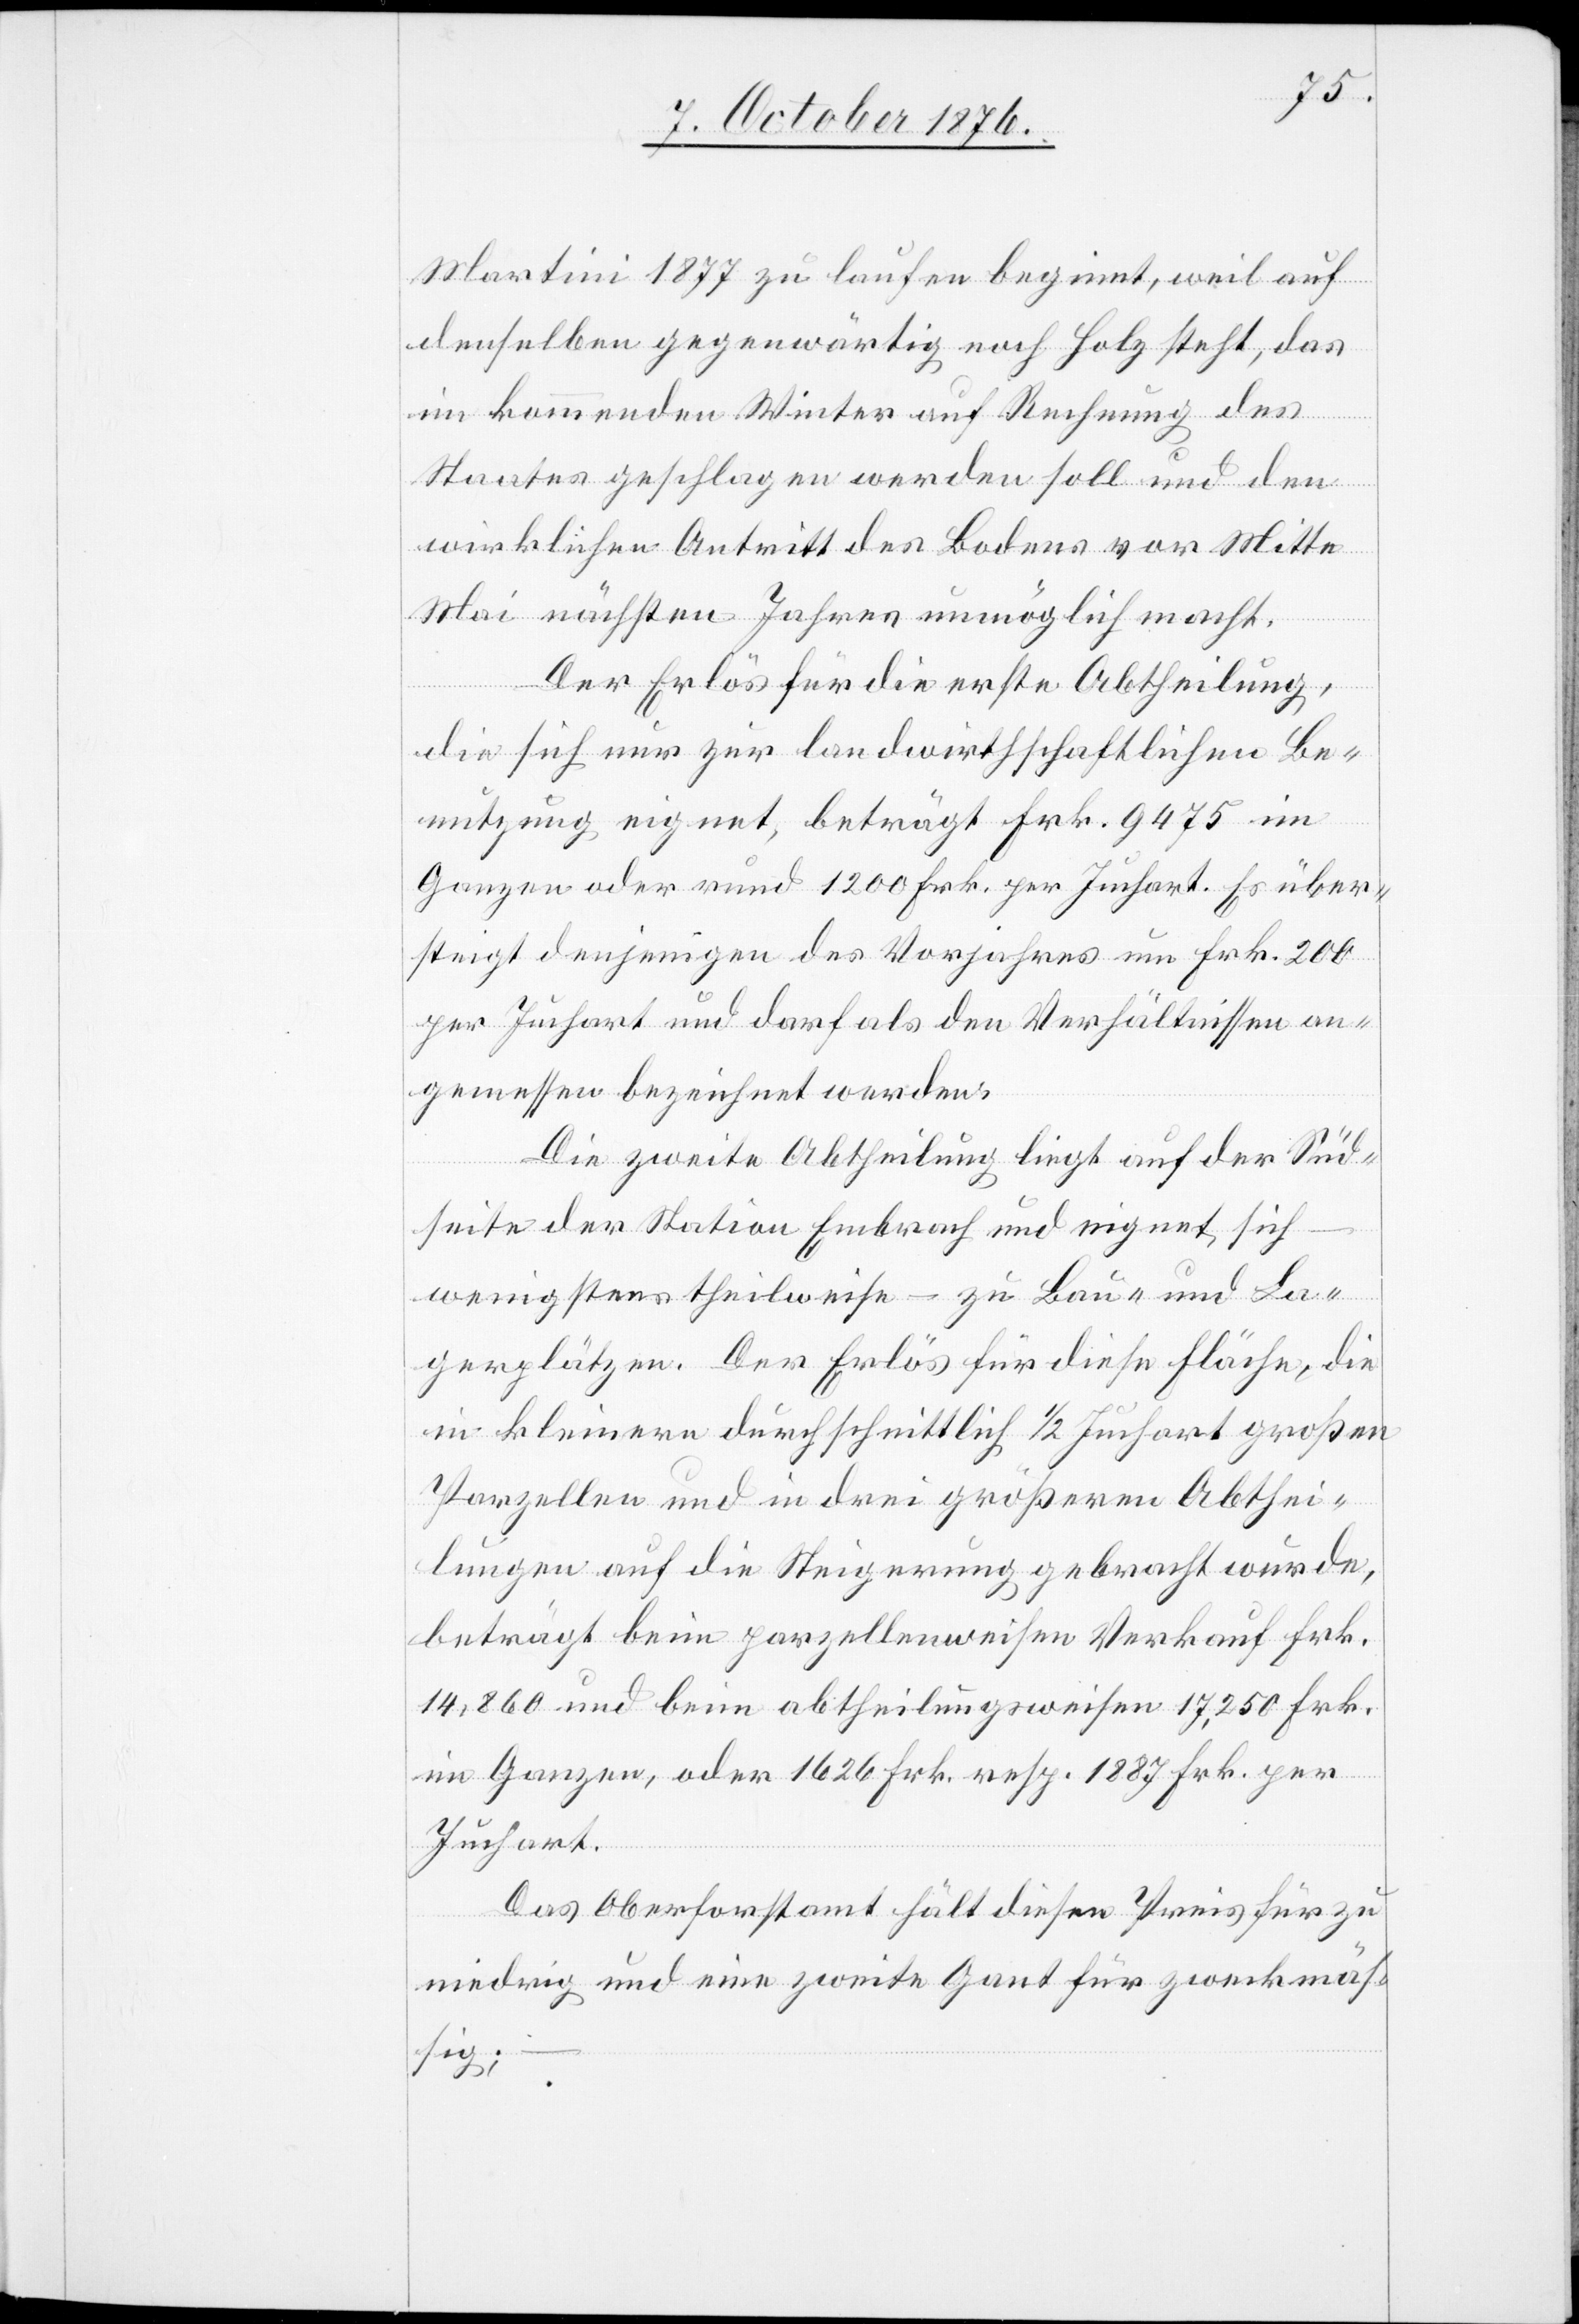
Martini 1877 zu laufen beginnt, weil auf
denselben gegenwärtig noch Holz steht, das
im kommenden Winter auf Rechnung des
Staates geschlagen werden soll und den
wirklichen Antritt des Bodens vor Mitte
Mai nächsten Jahres unmöglich macht.
Der Erlös für die erste Abtheilung,
die sich nur zur landwirthschaftlichen Be¬
nutzung eignet, beträgt Frk. 9475 im
Ganzen oder rund 1200 Frk. per Juchart. Es über¬
steigt denjenigen des Vorjahres um Frk. 200
per Juchart und darf als den Verhältnissen an¬
gemessen bezeichnet werden.
Die zweite Abtheilung liegt auf der Süd¬
seite der Station Embrach und eignet sich
wenigstens theilweise – zu Bau- und La¬
gerplätzen. Der Erlös für diese Fläche, die
in kleinern durchschnittlich 1/2 Juchart großen
Parzellen und in drei größeren Abthei¬
lungen auf die Steigerung gebracht wurde,
beträgt beim parzellenweisen Verkauf Frk.
14,860 und beim abtheilungsweisen 17,250 Frk.
im Ganzen, oder 1626 Frk. resp. 1887 Frk. per
Juchart.
Das Oberforstamt hält diesen Preis für zu
niedrig und eine zweite Ganz für zweckmäß¬
ig;